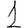
Digit: 1